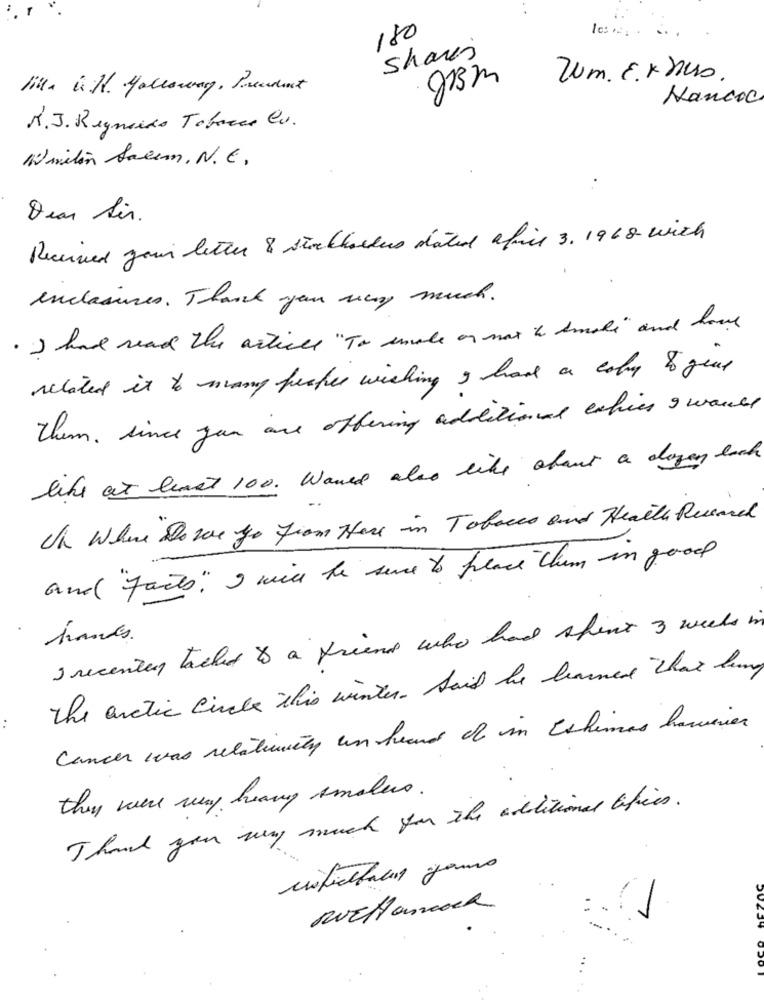
180
Shares
Zum. E. Knus
litt. i.H. Holloway, Precedent
5
Kancoc
R.J. Regnoido Tobacco Cv.
Wiritin Salem, N.C.
Dear Sir.
Received your letter 8 stockholders date africe 3. 1968 with
enclasses . Thank you may much.
. I had read the article " To smoke or not to Imoli " and home
related it to many pusher wishing I have a coby &o gene
them , since zum are offering additional esties 9 wants
like at least 100. Waved also like about a dayay each
On Where Do we Go from Here in Tobacco and Health Record
and "facts" I will be sure to place them in good
I recently talked to a friend who had spent 3 weeks in
times.
The arctic Circle this winter . Said he learned that luang
Cancer was relatively un heard che in Eshimas however
they were very heavy amales .
Thank you wy much for the additional tifies .
7
..